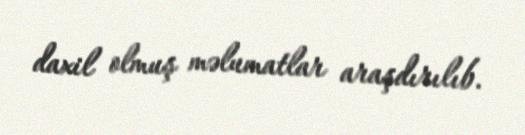
daxil olmuş məlumatlar araşdırılıb.